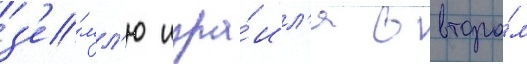
з'е́мл'ю изра́ил'я в второ́м